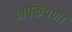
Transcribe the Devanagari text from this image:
भपकेपणा